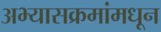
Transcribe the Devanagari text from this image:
अभ्यासक्रमांमधून